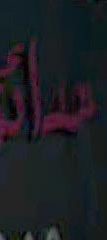
سل